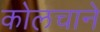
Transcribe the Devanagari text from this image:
कोलचाने